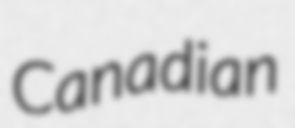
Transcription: Canadian